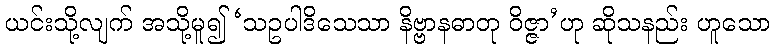
ယင်းသို့လျက် အသို့မူ၍ ‘သဥပါဒိသေသာ နိဗ္ဗာနဓာတု ဝိဇ္ဇာ’ဟု ဆိုသနည်း ဟူသော